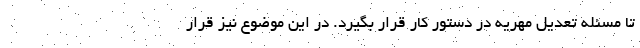
تا مسئله تعدیل مهریه در دستور کار قرار بگیرد. در این موضوع نیز قرار